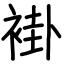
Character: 褂